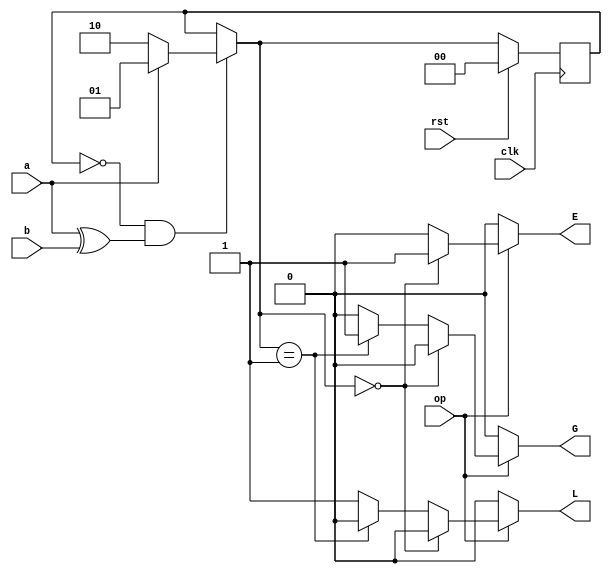


`timescale 1ns / 1ps
//////////////////////////////////////////////////////////////////////////////////
// Assignment Number: 5
// Problem Number: 4 [Sequential Unsigned Comparator]
// Semester Number: 5
// Group Number: G1
// Group Members: Animesh Jha (19CS10070) and Nisarg Upadhyaya (19CS30031)
// 
//////////////////////////////////////////////////////////////////////////////////

module sequential_unsigned_comparator (
    input a,
    input b,
    input rst,
    input clk,
    input op,
    output reg L,
    output reg E,
    output reg G
);
    reg [1:0] present_state, next_state;

    localparam s0 = 2'b00;       // equal state
    localparam s1 = 2'b01;       // greater than state
    localparam s2 = 2'b10;       // less than state

    always @(posedge clk) begin   
        if(rst) begin             // reset state
            present_state <= s0;
        end
        else begin
            present_state <= next_state;
        end
    end

    // next state logic
    always @(*) begin
        if (present_state == s0 && a^b) begin // state change can only take place when from equal state                        
            next_state = (a ? s1 : s2);       // if a and b not the same go to greater if a=1 and b=0 else go to less than
        end
        else begin
            next_state = present_state;       // otherwise continue to stay in the present state
        end
    end

    // store output in L, E, G
    always @(*) begin
        if(op == 1'b0) begin            //output control logic
            L = 1'b0;
            E = 1'b0;
            G = 1'b0;
        end
        else if(next_state == s0) begin //output logic for equal state
            L = 1'b0;
            E = 1'b1;
            G = 1'b0;
        end
        else if(next_state == s1) begin  //output logic for greater than state
            L = 1'b0;
            E = 1'b0;
            G = 1'b1;
        end
        else begin  //output logic for less than state
            L = 1'b1;
            E = 1'b0;
            G = 1'b0;
        end
    end

endmodule